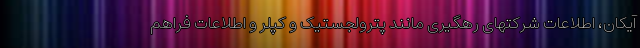
آیکان، اطلاعات شرکتهای رهگیری مانند پترولجستیک و کپلر و اطلاعات فراهم